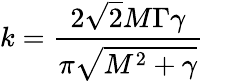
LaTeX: k={\frac{2{\sqrt{2}}M\Gamma\gamma}{\pi{\sqrt{M^{2}+\gamma}}}}~~~